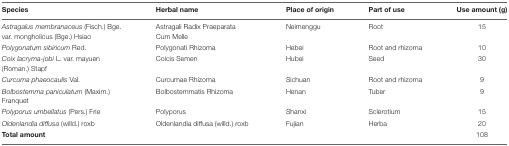
<table><thead><tr><td><b>Species</b></td><td><b>Herbal name</b></td><td><b>Place of origin</b></td><td><b>Part of use</b></td><td><b>Use amount (g)</b></td></tr></thead><tbody><tr><td><i>Astragalus membranaceus</i> (Fisch.) Bge. var. mongholicus (Bge.) Hsiao</td><td>Astragali Radix Praeparata Cum Melle</td><td>Neimenggu</td><td>Root</td><td>15</td></tr><tr><td><i>Polygonatum sibiricum</i> Red.</td><td>Polygonati Rhizoma</td><td>Hebei</td><td>Root and rhizoma</td><td>10</td></tr><tr><td><i>Coix lacryma-jobi</i> L. var. mayuen (Roman.) Stapf</td><td>Coicis Semen</td><td>Hubei</td><td>Seed</td><td>30</td></tr><tr><td><i>Curcuma phaeocaulis</i> Val.</td><td>Curcumae Rhizoma</td><td>Sichuan</td><td>Root and rhizoma</td><td>9</td></tr><tr><td><i>Bolbostemma paniculatum</i> (Maxim.) Franquet</td><td>Bolbostemmatis Rhizoma</td><td>Henan</td><td>Tuber</td><td>9</td></tr><tr><td><i>Polyporus umbellatus</i> (Pers.) Frie</td><td>Polyporus</td><td>Shanxi</td><td>Sclerotium</td><td>15</td></tr><tr><td><i>Oldenlandia diffusa</i> (willd.) roxb</td><td>Oldenlandia diffusa (willd.) roxb</td><td>Fujian</td><td>Herba</td><td>20</td></tr><tr><td><b>Total amount</b></td><td></td><td></td><td></td><td>108</td></tr></tbody></table>